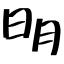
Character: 明